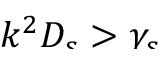
\smash { k ^ { 2 } D _ { s } > \gamma _ { s } }